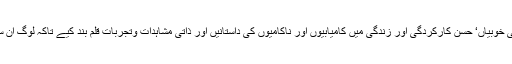
جس میں اپنی خوبیاں‘ حسن کارکردگی اور زندگی میں کامیابیوں اور ناکامیوں کی داستانیں اور ذاتی مشاہدات وتجربات قلم بند کیے تاکہ لوگ ان سے آگاہ ہوں۔